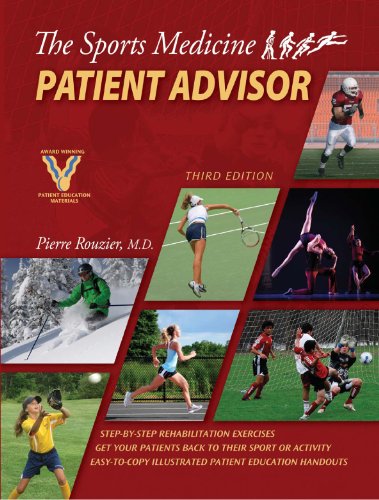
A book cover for The Sports Medicine Patient Advisor, Third Edition; Pierre A. Rouzier; Medical Books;